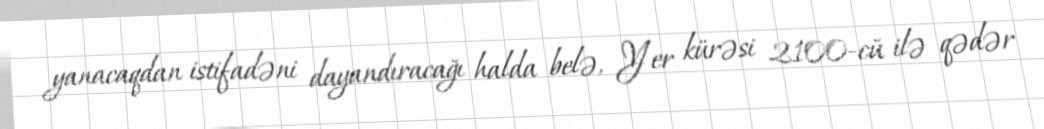
yanacaqdan istifadəni dayandıracağı halda belə, Yer kürəsi 2100-cü ilə qədər